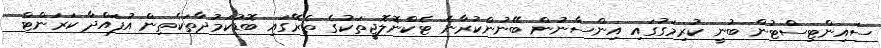
ސައިންޓިސްޓުން ބުނީ ކުރިމަގުގައި އިންސާނުން ބޭނުންކުރާނެ ޓެކްނޮލޮޖީތަކުގެ ތެރޭގައި ބޮޑުކަމުދާތަކެތިން އުފައްދާ ކަރަންޓް